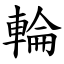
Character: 輪